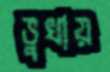
ভুখায়